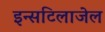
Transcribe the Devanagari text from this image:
इन्सटिलाजेल